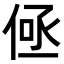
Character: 𬾤